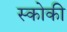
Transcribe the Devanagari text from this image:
स्‍कोकी